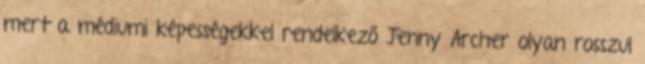
mert a médiumi képességekkel rendelkező Jenny Archer olyan rosszul